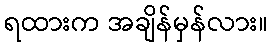
ရထားက အချိန်မှန်လား။